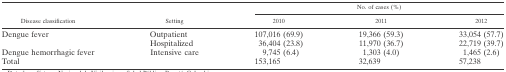
<table><thead><tr><td rowspan="2"><b>Disease classification</b></td><td rowspan="2"><b>Setting</b></td><td colspan="3"><b>No. of cases (%)</b></td></tr><tr><td><b>2010</b></td><td><b>2011</b></td><td><b>2012</b></td></tr></thead><tbody><tr><td rowspan="2">Dengue fever</td><td>Outpatient</td><td>107,016 (69.9)</td><td>19,366 (59.3)</td><td>33,054 (57.7)</td></tr><tr><td>Hospitalized</td><td>36,404 (23.8)</td><td>11,970 (36.7)</td><td>22,719 (39.7)</td></tr><tr><td>Dengue hemorrhagic fever</td><td>Intensive care</td><td>9,745 (6.4)</td><td>1,303 (4.0)</td><td>1,465 (2.6)</td></tr><tr><td colspan="2">Total</td><td>153,165</td><td>32,639</td><td>57,238</td></tr></tbody></table>